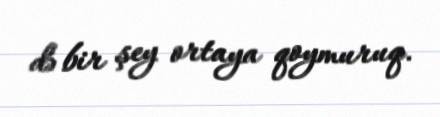
də bir şey ortaya qoymuruq.